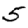
Digit: 5